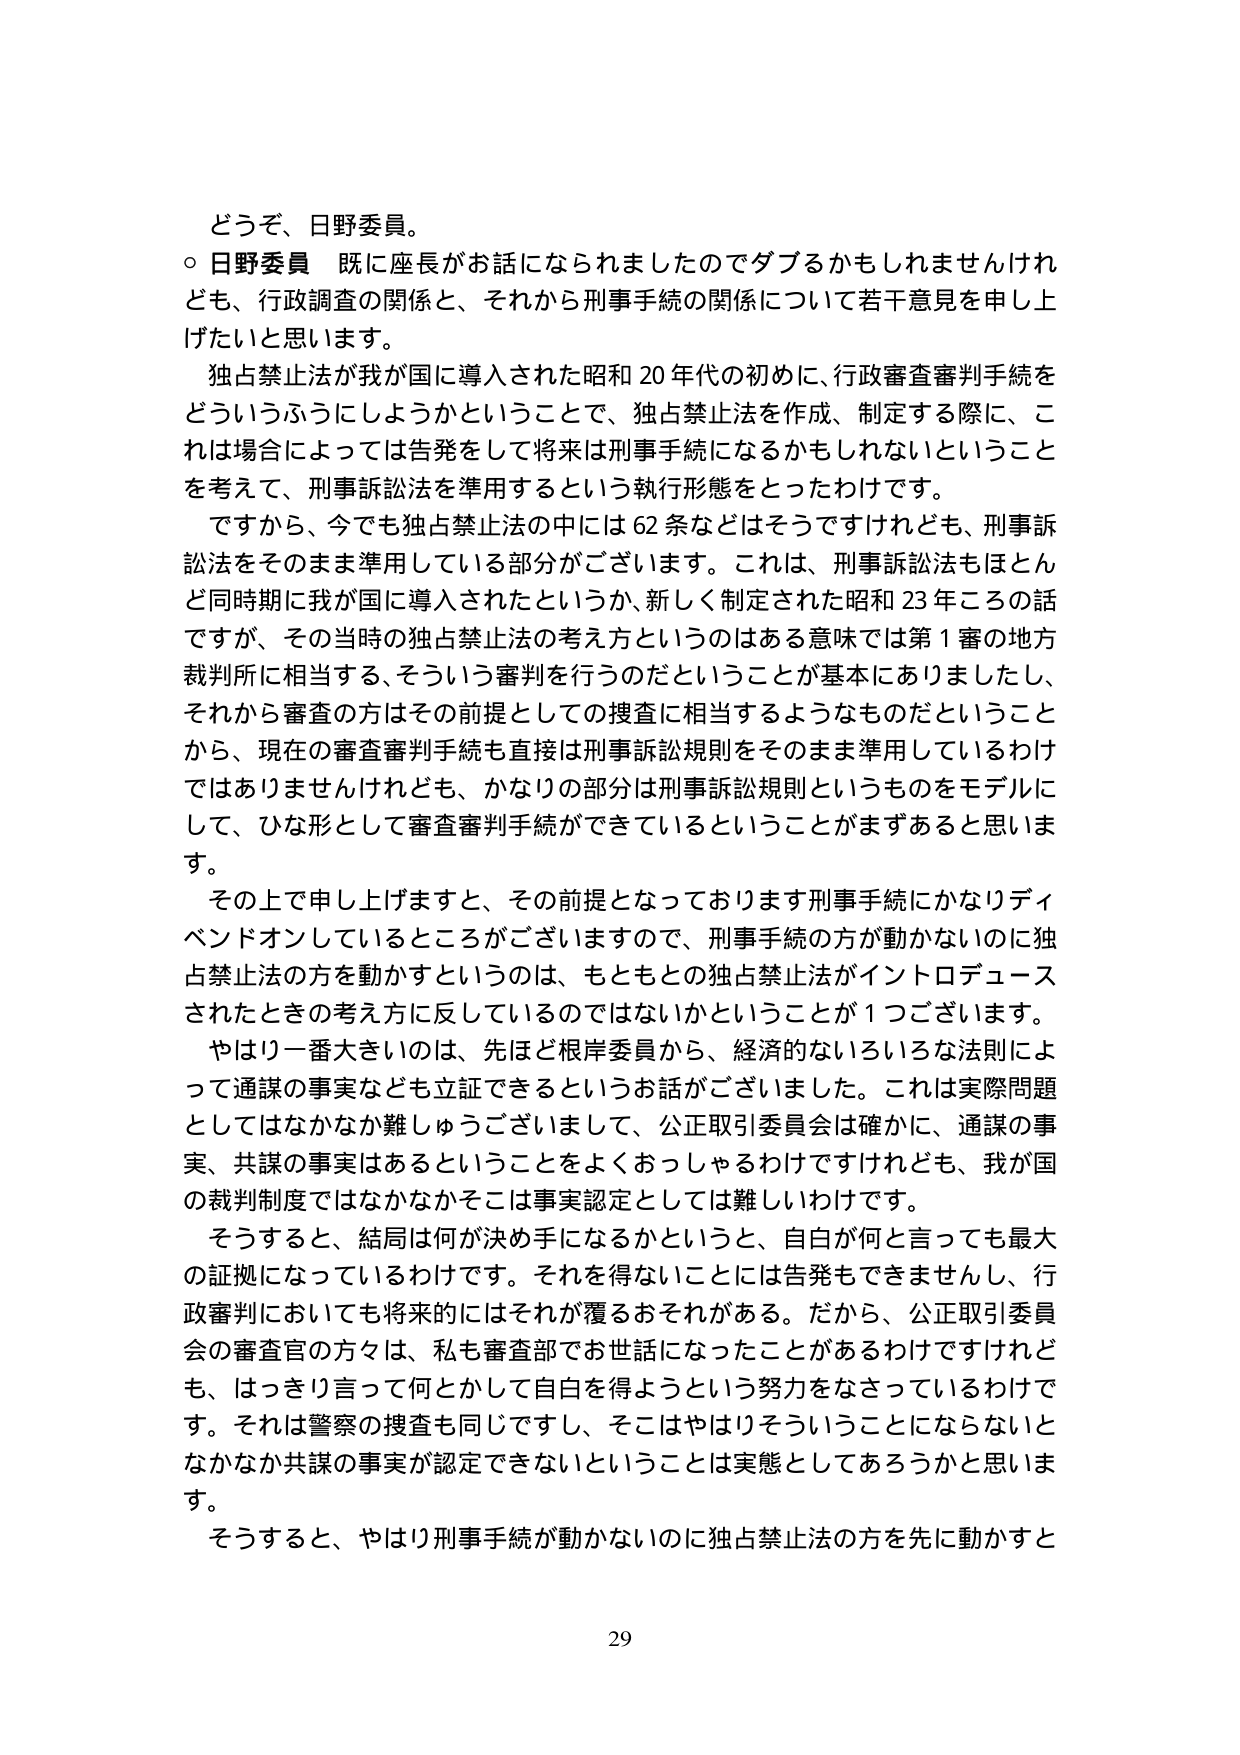
どうぞ、日野委員。

○ 日野委員 既に座長がお話になられましたのでダブるかもしれませんが、行政調査の関係と、それから刑事手続の関係について若干意見を申し上げたいと思います。

独占禁止法が我が国に導入された昭和20年代の初めに、行政審査審判手続をどういうふうにしようかということで、独占禁止法を作成、制定する際に、これは場合によっては告発をして将来は刑事手続になるかもしれないということを考えて、刑事訴訟法を準用するという執行形態をとったわけです。

ですから、今でも独占禁止法の中には62条などはそうですけれども、刑事訴訟法をそのまま準用している部分がございます。これは、刑事訴訟法もほとんど同時期に我が国に導入されたというか、新しく制定された昭和23年ころの話ですが、その当時の独占禁止法の考え方というのはある意味では第1審の地方裁判所に相当する、そういう審判を行うのだということが基本にありましたし、それから審査の方はその前提としての捜査に相当するようなものだということから、現在の審査審判手続も直接は刑事訴訟規則をそのまま準用しているわけではありませんけれども、かなりの部分は刑事訴訟規則というものをモデルにして、ひな形として審査審判手続ができているということがまずあると思います。

その上で申し上げますと、その前提となっております刑事手続にかなりディペンデントしているところがございますので、刑事手続の方が動かないのに独占禁止法の方を動かすというのは、もともとの独占禁止法がイントロデュースされたときの考え方に反しているのではないかということが1つございます。

やはり一番大きいのは、先ほど根岸委員から、経済的ないろいろな法則によって通謀の事実なども立証できるというお話がございました。これは実際問題としてはなかなか難しゅうございまして、公正取引委員会は確かに、通謀の事実、共謀の事実はあるということをよくおっしゃるわけですけれども、我が国の裁判制度ではなかなかそこは事実認定としては難しいわけです。

そうすると、結局は何が決め手になるかというと、自白が何と言っても最大の証拠になっているわけです。それを得ないことには告発もできませんし、行政審判においても将来的にはそれが覆るおそれがある。だから、公正取引委員会の審査官の方々は、私も審査部でお世話になったことがあるわけですが、はっきり言って何とかして自白を得ようという努力をなさっているわけです。それは警察の捜査も同じですし、そこはやはりそういうことにならないとなかなか共謀の事実が認定できないということは実態としてあろうかと思います。

そうすると、やはり刑事手続が動かないのに独占禁止法の方を先に動かすと

29